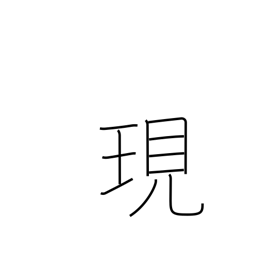
Meaning: actual